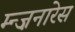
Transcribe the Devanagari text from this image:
म्न्ज़नारेस